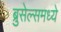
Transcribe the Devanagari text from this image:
ब्रुसेल्समध्ये